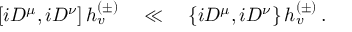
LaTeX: \left[ i D ^ { \mu } , i D ^ { \nu } \right] h _ { v } ^ { ( \pm ) } \quad \ll \quad \left\{ i D ^ { \mu } , i D ^ { \nu } \right\} h _ { v } ^ { ( \pm ) } \, .